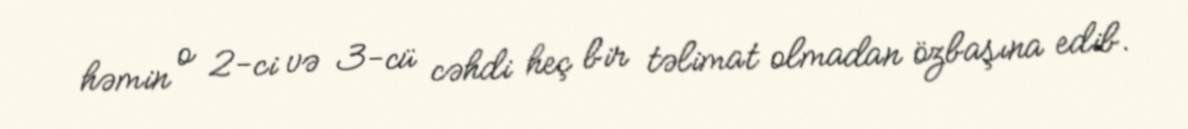
həmin o 2-ci və 3-cü cəhdi heç bir təlimat olmadan özbaşına edib.